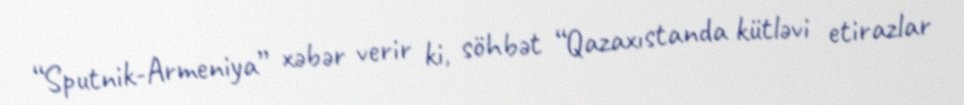
“Sputnik-Armeniya” xəbər verir ki, söhbət “Qazaxıstanda kütləvi etirazlar